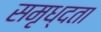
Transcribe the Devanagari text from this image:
समृध्दता